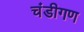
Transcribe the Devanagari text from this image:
चंडीगण